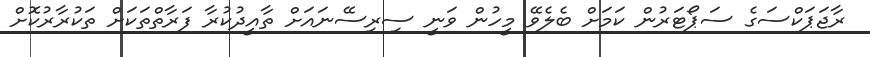
ރާޖަޕަކްސަގެ ސަޕޯޓަރުން ކަމަށް ބެލެވޭ މީހުން ވަނީ ސިރިސޭނައަށް ތާއީދުކުރާ ފަރާތްތަކަށް ތަކުރާރުކޮށް